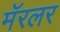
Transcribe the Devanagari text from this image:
मॅरलर